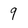
Character: 9